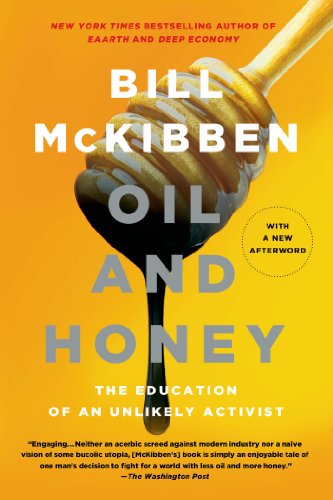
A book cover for Oil and Honey: The Education of an Unlikely Activist; Bill McKibben; Science & Math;